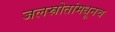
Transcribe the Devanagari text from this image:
जलस्रोतांमधूनच